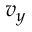
v _ { y }